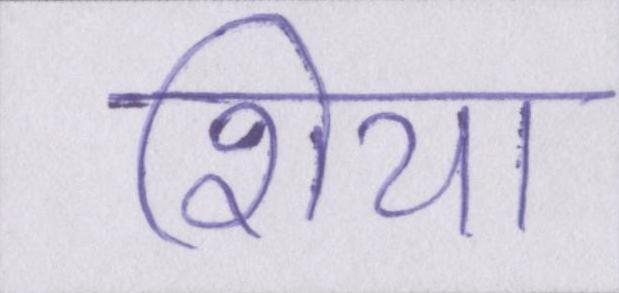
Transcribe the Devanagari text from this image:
शिया